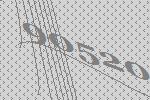
90520